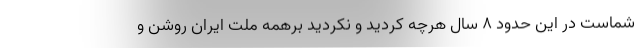
شماست در این حدود ۸ سال هرچه کردید و نکردید برهمه ملت ایران روشن و